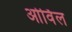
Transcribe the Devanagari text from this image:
ओर्विल